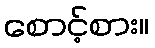
စောင့်စား။